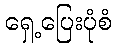
ရှေ့ပြေးပုံစံ